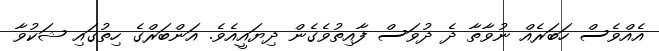
އެއްވެސް ހަބަރެއް ނުވާތާ ދެ ދުވަސް ފާއިތުވެގެން ދިޔައީއެވެ. އަންބަރްގެ ހިތުގައި ޝަކުވާ